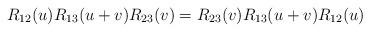
LaTeX: \begin{align*} R_{12}(u)R_{13}(u+v)R_{23}(v)=R_{23}(v)R_{13}(u+v)R_{12}(u)\end{align*}